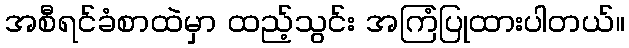
အစီရင်ခံစာထဲမှာ ထည့်သွင်း အကြံပြုထားပါတယ်။